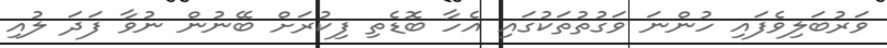
ވަރުބަލިވެފައި ހުންނަ ވަގުތުތަކުގައި އެހާ ބޮޑެތި ފިކުރަށް ބޭނުން ނުވާ ފަދަ ލުއި